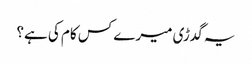
یہ گدڑی میرے کس کام کی ہے؟